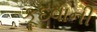
કૂદવાની